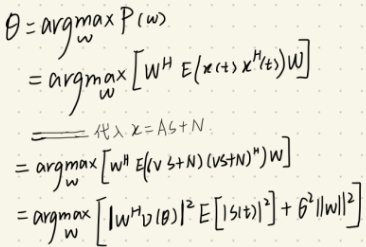
\[
\begin{align*}
\theta&=\underset{\omega}{\text{argmax}}P(\omega)\\
&=\underset{\omega}{\text{argmax}}\left[w^H E\left(x(t)x^H(t)\right)w\right]\\
&\xlongequal{\text{代入x = AS + N}}\underset{\omega}{\text{argmax}}\left[w^H E\left((vS + N)(vS + N)^H\right)w\right]\\
&=\underset{\omega}{\text{argmax}}\left[\left|w^H v(\theta)\right|^2 E\left[|S(t)|^2\right]+\sigma^2\|w\|^2\right]
\end{align*}
\]